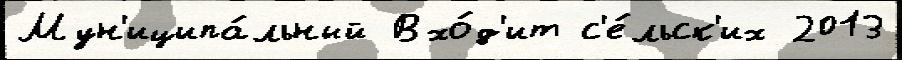
Мун'иципа́льный Вхо́д'ит с'е́льск'их 2013